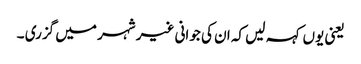
یعنی یوں کہہ لیں کہ ان کی جوانی غیر شہر میں گزری ۔